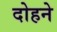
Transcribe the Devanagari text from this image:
दोहने